Report on vaccination in Madras 1904-1921 - 1904-1921
Year: 1904
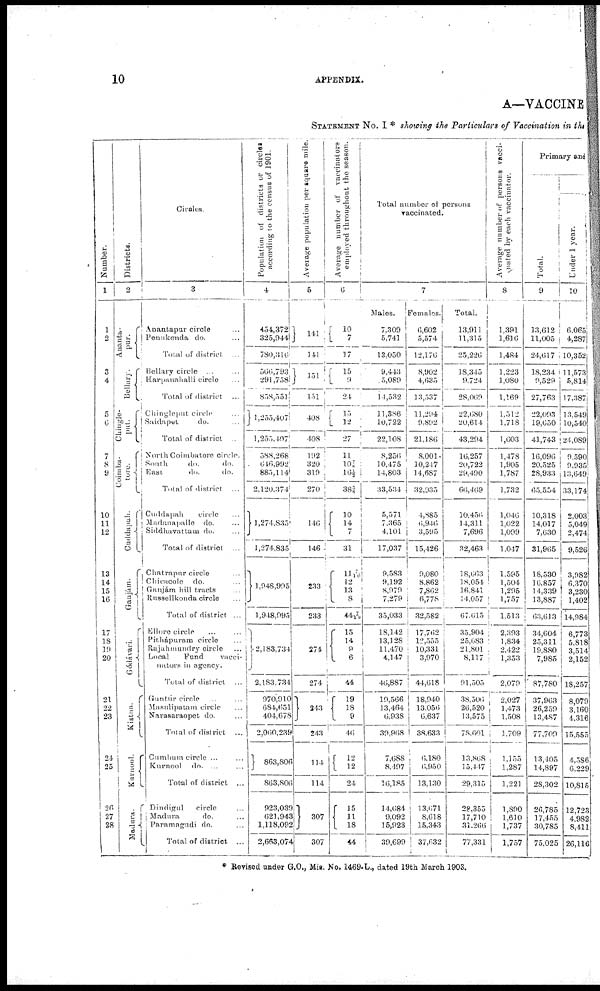
10
APPENDIX.
A—VACCINE
STATEMENT NO. I * showing the Particulars of Vaccination in the
Number.
1
1
2
3
4
5
6
7
8
9
10
11
12
13
14
15
16
17
18
19
20
21
22
23
24
25
26
27
28
Districts.
2
Ananta¬
pur.
Bellury.
Chingle¬
put.
Coimba¬
tore.
Cuddapah.
Ganjám.
Gódávari.
Kistna.
Kurnool.
Madura.
Circles.
3
Anantapur circle ...
Penukonda do. ...
Total of district ...
Bellary circle ... ...
Harpanahalli circle ...
Total of district ...
Chinglcput circle ...
Saidapet
do. ...
Total of district ...
North Coimbatore circle.
South
do.
do.
East
do.
do.
Total of district ...
Cuddapah
circle ...
Madanapalle do. ...
Siddhavattam do. ...
Total of district ...
Chatrapur circle ...
Chicacole do. ...
Ganjám hill tracts ...
Russellkonda circle ...
Total of district ...
Ellore circle ... ...
Pithápuram circle ...
Rajahinundry circle ...
Local
Fund
vacci¬
nators in agency.
Total of district ...
Guntúr circle ... ...
Masulipatam circle ...
Narasaraopet do. ...
Total of district ...
Cumbum circle ...
Kurnool do. ...
Total of discrict ...
Dindigul
circle ...
Madura
do. ...
Paramagndi do. ...
Total of district ...
Population of districts or circlas
according to the census of 1901.
4
454,372
325,944
780,316
566,793
291,758
858,551
1,255,407
1,253,407
388,268
646,992
885,114
2.120,374
1,274,835
l,274,835
1,948,995
1,948,995
2,183,734
2,183,734
970,910
684,651
404,678
2,060,239
863,806
863,806
923,039
621,943
1,118,092
2,663,074
Average population per square mile.
5
141
141
151
151
408
408
192
320
319
270
146
146
233
233
274
274
243
243
114
114
307
307
Average number of vaccinators
employed throughout the season.
6
10
7
17
15
9
24
15
12
27
11
10 7/8
16½
38 3/8
10
14
7
31
11 7/10
12
13
8
44 7/10
15
14
9
6
44
19
18
9
46
12
12
24
15
11
18
44
Total number at persons
vaccinated.
7
Males.
7,309
5,741
13,050
9,443
5,089
14,532
11,386
10,722
22,108
8,256
10,475
14,803
33,534
5,571
7,365
4,101
17,037
9,583
9,192
8,979
7,279
35,033
18,142
13,128
11,470
4,147
46,887
19,566
13,464
6,938
39,968
7,088
8,497
16,185
14,684
9,092
15,923
39,699
Females.
6,602
5,574
12,176
8,902
4,635
13,537
11,294
9,892
21,186
8,001
10,247
14,687
32,935
4,885
6,946
3,595
15,426
9,080
8,862
7,802
6,778
32,582
17,702
l2,555
10,331
3,970
44,618
18,940
13,056
6,637
38,633
6,180
6,950
13,130
13,671
8,618
15,343
37,632
Total.
13,911
11,315
25,226
18,345
9,724
28,069
22,680
20,614
43,294
16,257
20,722
29,490
60,469
10,456
14,311
7,696
32,463
18,663
18,054
16,841
14,057
67,015
35,904
25,683
21,801
8,117
91,505
38,506
26,520
13,575
78,601
13,808
15,117
29,315
28,355
17,710
31,266
77,331
Average number of persons vacci-
nated by each vaccinator.
8
1,391
1,616
1,484
1,223
1,080
1,169
1,512
1,718
1,603
1,478
1,905
1,787
1,732
1,046
1,022
1,099
1,047
1,595
1,504
1,295
1,757
1,513
2,393
1,834
2,422
1,353
2,079
2,027
1,473
1,508
1,709
1,155
1,287
1,221
1,890
1,610
1,737
1,757
Primary and
Total.
9
13,612
11,005
24,617
18,234
9,529
27,763
22,093
19,650
41,743
16,096
20,525
28,933
65,554
10,318
14,017
7,030
31,965
18,530
16,857
14,339
13,887
63,613
34,604
25,311
19,880
7,985
87,780
37,963
26,259
13,487
77,709
13,405
14,897
28,302
26,785
17,455
30,785
75,025
Under 1 year.
10
6,065
4,287
10,352
11,573
5,814
17,387
13,549
10,540
24,089
9,590
9,935
13,649
33,174
2,003
5,049
2,474
9,526
3,982
6,370
3,230
1,402
14,984
6,773
5,818
3,514
2,152
18,257
8,079
3,160
4,316
15,555
4,586
6,229
10,815
12,723
4,982
8,411
26,116
* Revised under G.O., Mis. No. 1469-L., dated 19th March 1903.